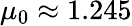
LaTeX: \mu_{0}\approx 1.245